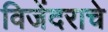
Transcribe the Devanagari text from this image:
विजेंदराचे